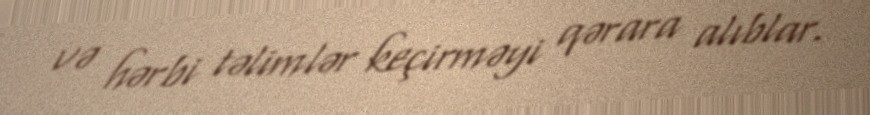
və hərbi təlimlər keçirməyi qərara alıblar.